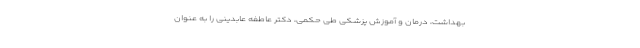
بهداشت، درمان و آموزش پزشکی طی حکمی، دکتر عاطفه عابدینی را به عنوان